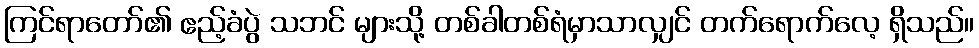
ကြင်ရာတော်၏ ဧည့်ခံပွဲ သဘင် များသို့ တစ်ခါတစ်ရံမှာသာလျှင် တက်ရောက်လေ့ ရှိသည်။